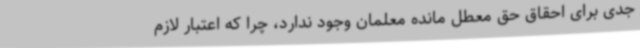
جدی برای احقاق حق معطل مانده معلمان وجود ندارد، چرا که اعتبار لازم